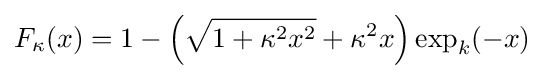
F_{\kappa }(x)=1-{\Big (}{\sqrt {1+\kappa ^{2}x^{2}}}+\kappa ^{2}x{\Big )}\exp _{k}({-x)}